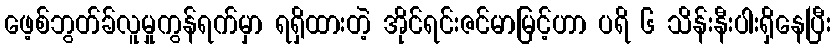
ဖေ့စ်ဘွတ်ခ်လူမှုကွန်ရက်မှာ ရရှိထားတဲ့ အိုင်ရင်းဇင်မာမြင့်ဟာ ပရိ ၆ သိန်းနီးပါးရှိနေပြီး